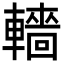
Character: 轖